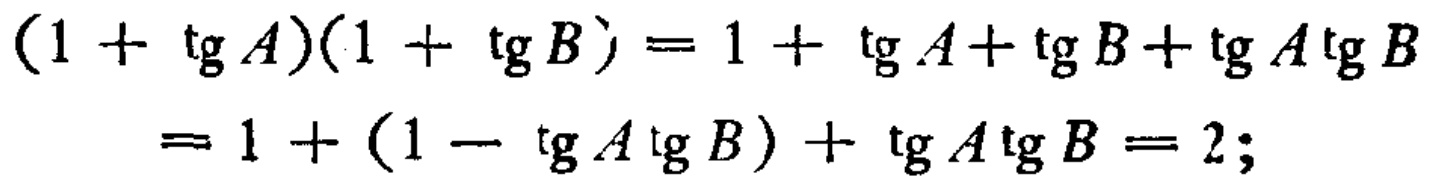
\((1 + \operatorname{tg} A)(1 + \operatorname{tg} B) = 1 + \operatorname{tg} A+ \operatorname{tg} B + \operatorname{tg} A\operatorname{tg} B\)
\(= 1 + (1 - \operatorname{tg} A\operatorname{tg} B) + \operatorname{tg} A\operatorname{tg} B = 2;\)